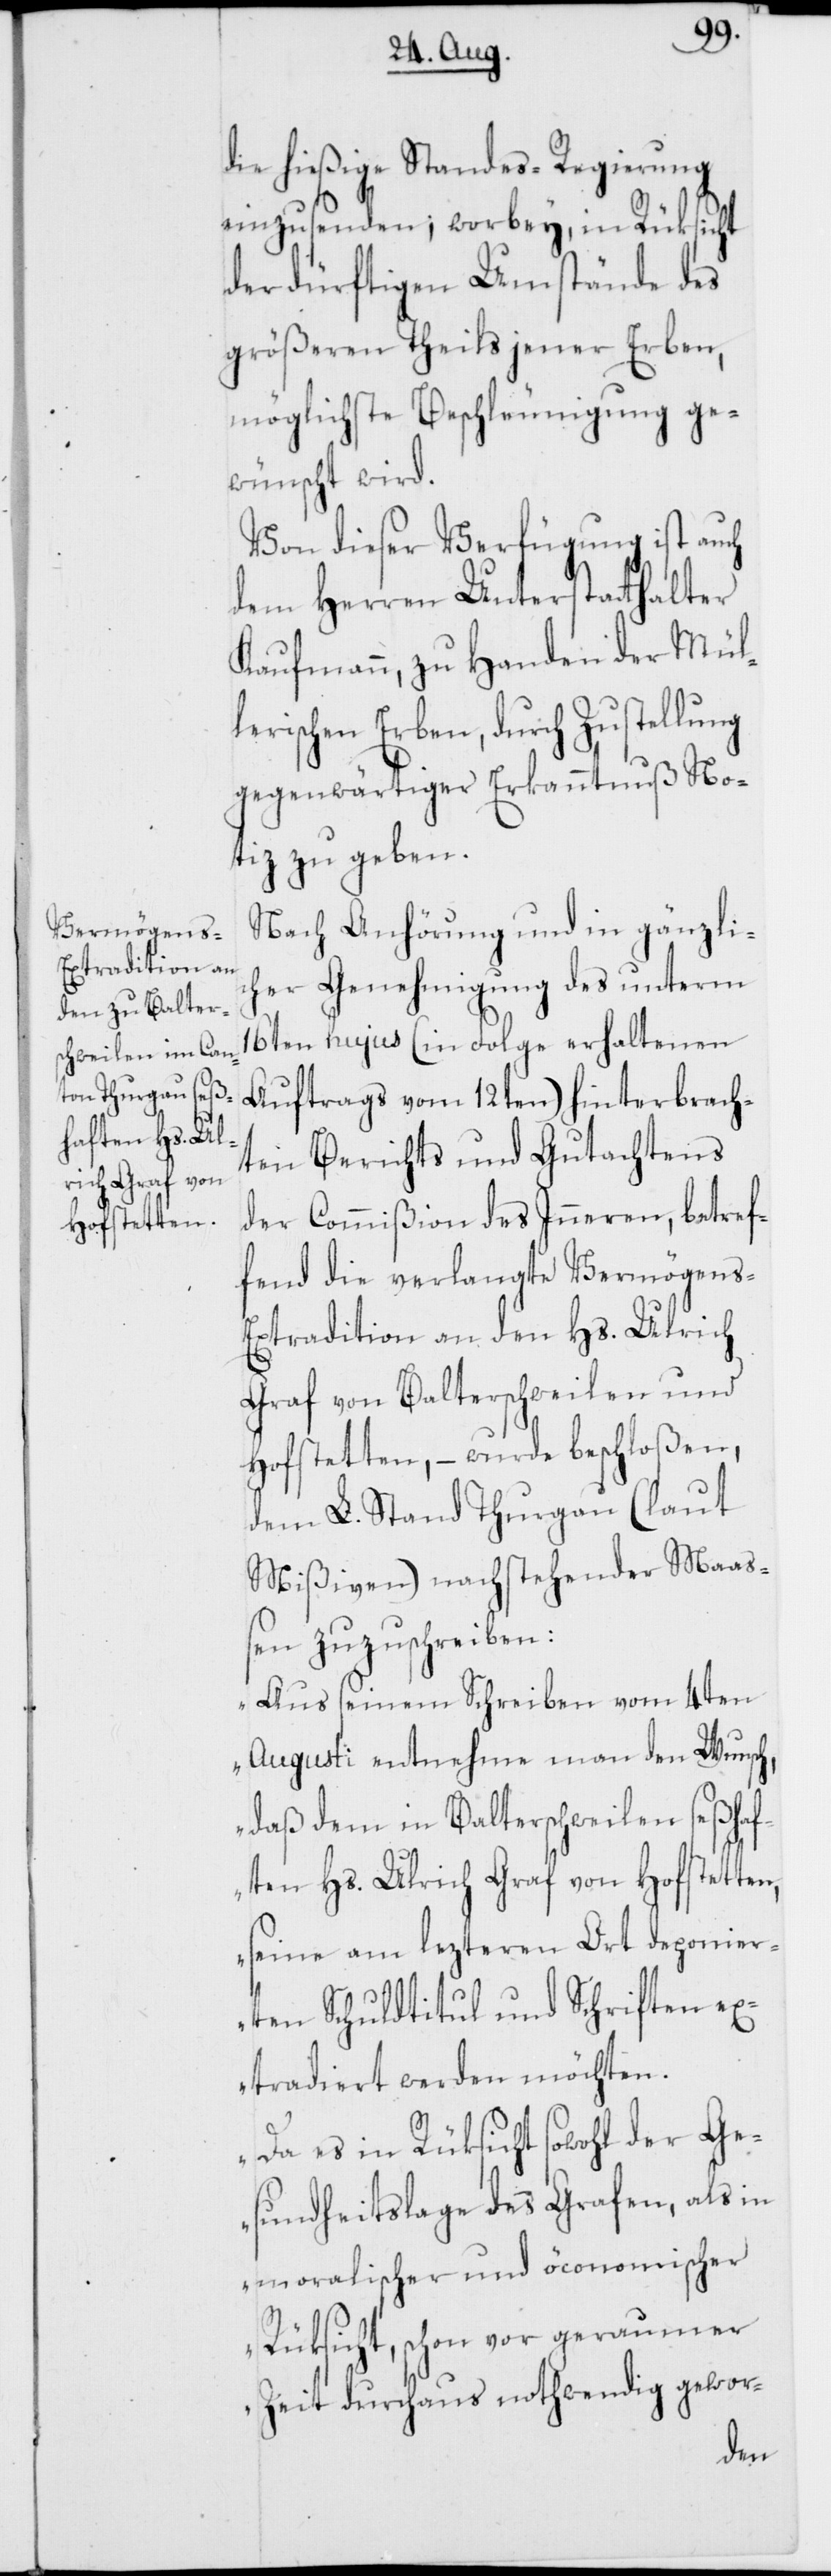
die hießige Standes-Regierung
einzusenden; worbey, in Rüksicht
der dürftigen Umstände des
größeren Theils jener Erben,
möglichste Beschleunigung ge¬
wünscht wird.
Von dieser Verfügung ist auch
dem Herren Unterstatthalter
Kaufmann, zu Handen der Mül¬
lerischen Erben, durch Zustellung
gegenwärtiger Erkanntnuß No¬
tiz zu geben.
Nach Anhörung und in gänzlic¬
her Genehmigung des unterm
16ten hujus (in Folge erhaltenen
Auftrags vom 12ten) hinterbrach¬
ten Berichts und Gutachtens
der Commißion des Inneren, betref¬
fend die verlangte Vermögens-E¬
xtradition an den Hs. Ulrich
Graf von Balterschweil und
Hofstetten, – wurde beschloßen,
dem L. Stand Thurgau (laut
Mißiven) nachstehender Maa¬
ßen zuzuschreiben:
„Aus seinem Schreiben vom 4ten
Augusti entnehme man den Wunsch,
daß dem in Balterschweilen seßhaf¬
ten Hs. Ulrich Graf von Hofstetten,
seine am lezteren Ort deponier¬
ten Schuldtitul und Schriften ex¬
tradiert werden möchten.
Da es in Rüksicht sowohl der Ge¬
sundheitslage des Grafen, als in
moralischer und öconomischer
Rüksicht, schon vor geraumer
Zeit durchaus nothwendig gewor-